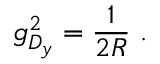
g _ { D _ { y } } ^ { 2 } = \frac { 1 } { 2 R } \ .